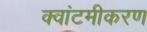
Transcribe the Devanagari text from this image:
क्वांटमीकरण